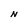
Character: N